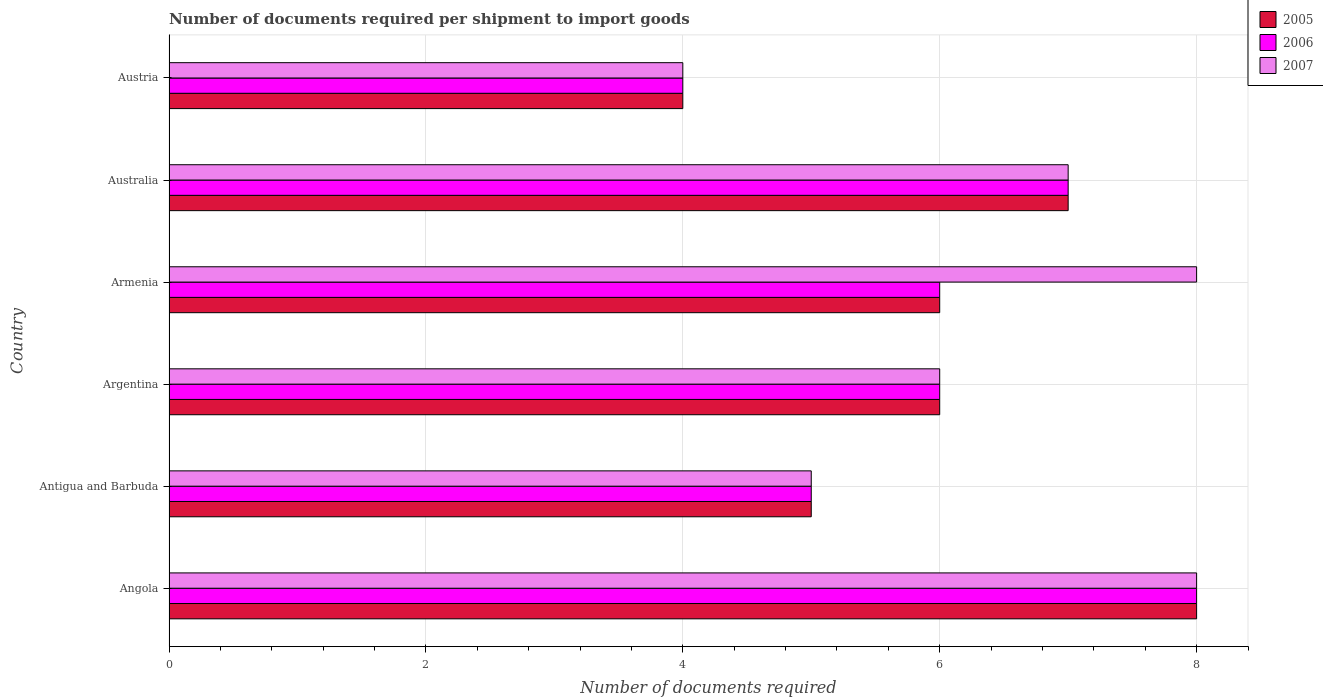
| Country | 2005 | 2006 | 2007 |
 | --- | --- | --- | --- |
 | Angola | 8 | 8 | 8 |
 | Antigua and Barbuda | 5 | 5 | 5 |
 | Argentina | 6 | 6 | 6 |
 | Armenia | 6 | 6 | 8 |
 | Australia | 7 | 7 | 7 |
 | Austria | 4 | 4 | 4 |